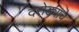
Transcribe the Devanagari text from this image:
दरोड्याचे